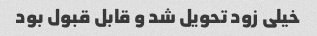
خیلی زود تحویل شد و قابل قبول بود